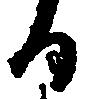
る